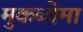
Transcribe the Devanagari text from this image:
मुकब्वेमा